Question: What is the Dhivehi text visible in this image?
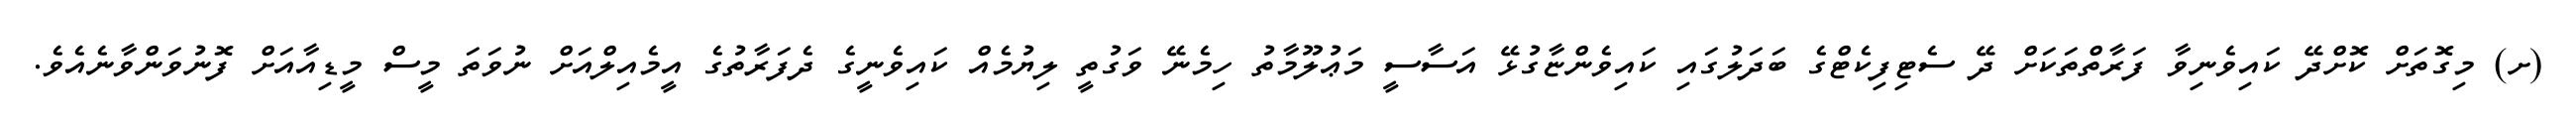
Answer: (ށ) މިގޮތަށް ކޮށްދޭ ކައިވެނިވާ ފަރާތްތަކަށް ދޭ ސެޓިފިކެޓްގެ ބަދަލުގައި ކައިވެންޏާގުޅޭ އަސާސީ މަޢުލޫމާތު ހިމެނޭ ވަގުތީ ލިޔުމެއް ކައިވެނީގެ ދެފަރާތުގެ އީމެއިލްއަށް ނުވަތަ މީސް މީޑިއާއަށް ފޮނުވަންވާނެއެވެ.